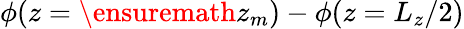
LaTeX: \phi(z=\ensuremath{z_{m}})-\phi(z=L_{z}/2)